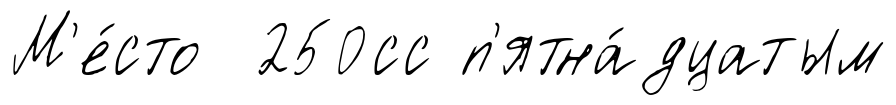
М'е́сто 250сс п'ятна́дцатым